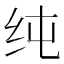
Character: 纯